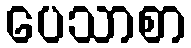
ပေသာစာ